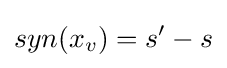
syn(x_{v})=s'-s